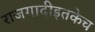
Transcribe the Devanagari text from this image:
राजगादीइतकेच